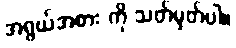
အရွယ်အစား ကို သတ်မှတ်ပါ။